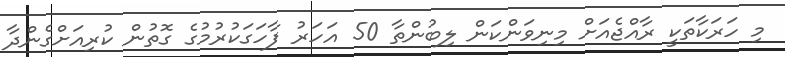
މި ހަރަކާތަކީ ރާއްޖެއަށް މިނިވަންކަން ލިބުންތާ 50 އަހަރު ފާހަގަކުރުމުގެ ގޮތުން ކުރިއަށްގެންދާ